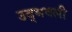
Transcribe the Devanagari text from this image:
उद्‍भवली